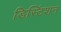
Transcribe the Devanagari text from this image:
डिस्टिंशन